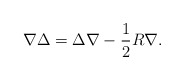
\begin{align*}\nabla\Delta=\Delta\nabla-\frac{1}{2}R\nabla. \end{align*}